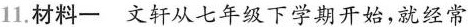
11.材料一文轩从七年级下学期开始，就经常